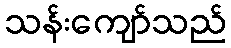
သန်းကျော်သည်